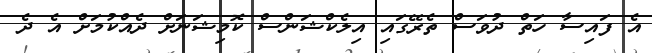
އެ ފައިސާ ހަތް ދުވަސް ތެރޭގައި އިލެކްޝަންސް ކޮމިޝަނަށް ދެއްކުމަށް އެ ދެ